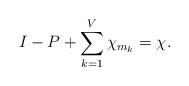
LaTeX: \begin{align*}I-P+\sum_{k=1}^V\chi_{m_k}=\chi.\end{align*}